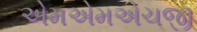
એમએમએચજી